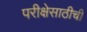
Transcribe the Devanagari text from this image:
परीक्षेसाठीची